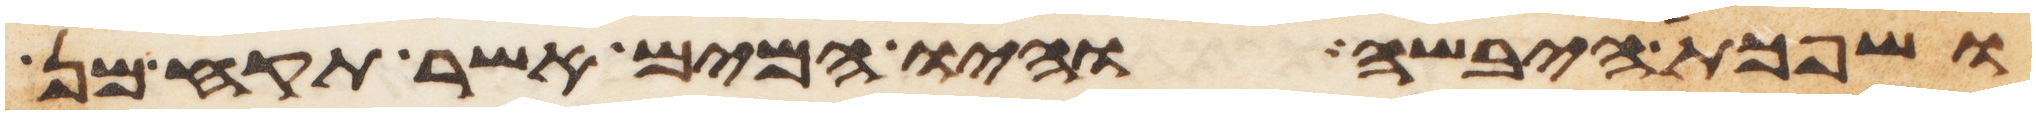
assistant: ושפכת היבשה והיו המים אשר תקח מן